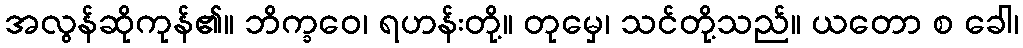
အလွန်ဆိုကုန်၏။ ဘိက္ခဝေ၊ ရဟန်းတို့။ တုမှေ၊ သင်တို့သည်။ ယတော စ ခေါ၊